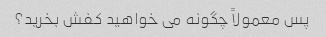
پس معمولاً چگونه می خواهید کفش بخرید؟